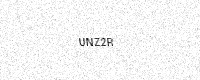
Text: UNZ2R